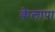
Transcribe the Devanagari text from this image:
केलापा